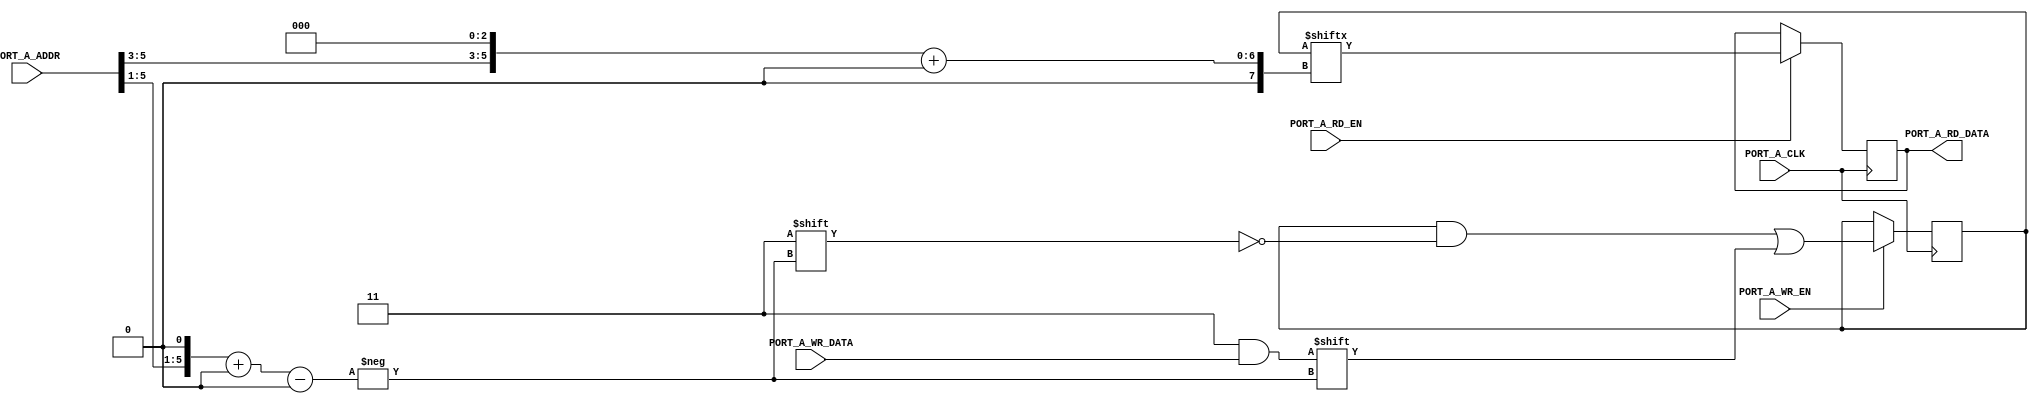
module RAM_WIDE_READ #(
	parameter [63:0] INIT = 64'hx,
	parameter PORT_A_RD_WIDTH = 8,
	parameter PORT_A_WR_WIDTH = 2
) (
	input PORT_A_CLK,
	input PORT_A_RD_EN,
	input [5:0] PORT_A_ADDR,
	output reg [7:0] PORT_A_RD_DATA,
	input PORT_A_WR_EN,
	input [1:0] PORT_A_WR_DATA
);

reg [63:0] mem;

initial mem = INIT;

always @(posedge PORT_A_CLK) begin
	if (PORT_A_RD_EN)
		PORT_A_RD_DATA <= mem[{PORT_A_ADDR[5:3], 3'b000}+:8];
	if (PORT_A_WR_EN)
		mem[{PORT_A_ADDR[5:1],1'b0}+:2] <= PORT_A_WR_DATA;
end

endmodule